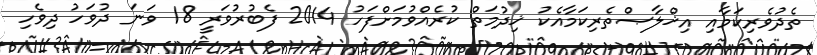
ތެދުވެރިކަމާއި އިޚްލާޞްތެރިކަމާއެކު ޚިދުމަތް ކުރެއްވުމަށްފަހު 2014 ފެބުރުވަރީ 18 ވަނަ ދުވަހު ދިވެހި